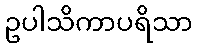
ဥပါသိကာပရိသာ